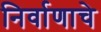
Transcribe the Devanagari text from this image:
निर्वाणाचे